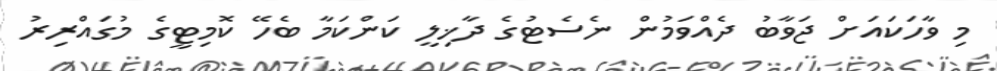
މި ވާހަކައަށް ޖަވާބު ދެއްވަމުން ނެސެޓުގެ ދާޚިލީ ކަންކަމާ ބެހޭ ކޮމިޓީގެ މުގައްރިރު